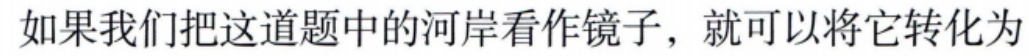
如果我们把这道题中的河岸看作镜子，就可以将它转化为